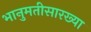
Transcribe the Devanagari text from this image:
भानुमतीसारख्या